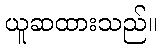
ယူဆထားသည်။